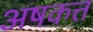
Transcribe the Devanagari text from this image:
अषकत्त